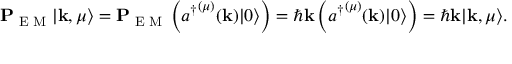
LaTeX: \mathbf { P } _ { \textrm { E M } } | \mathbf { k } , \mu \rangle = \mathbf { P } _ { \textrm { E M } } \left( { a ^ { \dagger } } ^ { ( \mu ) } ( \mathbf { k } ) | 0 \rangle \right) = \hbar \mathbf { k } \left( { a ^ { \dagger } } ^ { ( \mu ) } ( \mathbf { k } ) | 0 \rangle \right) = \hbar \mathbf { k } | \mathbf { k } , \mu \rangle .